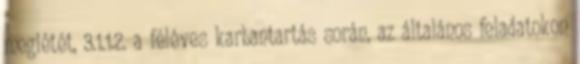
meglétét, 3.1.1.2. a féléves karbantartás során, az általános feladatokon